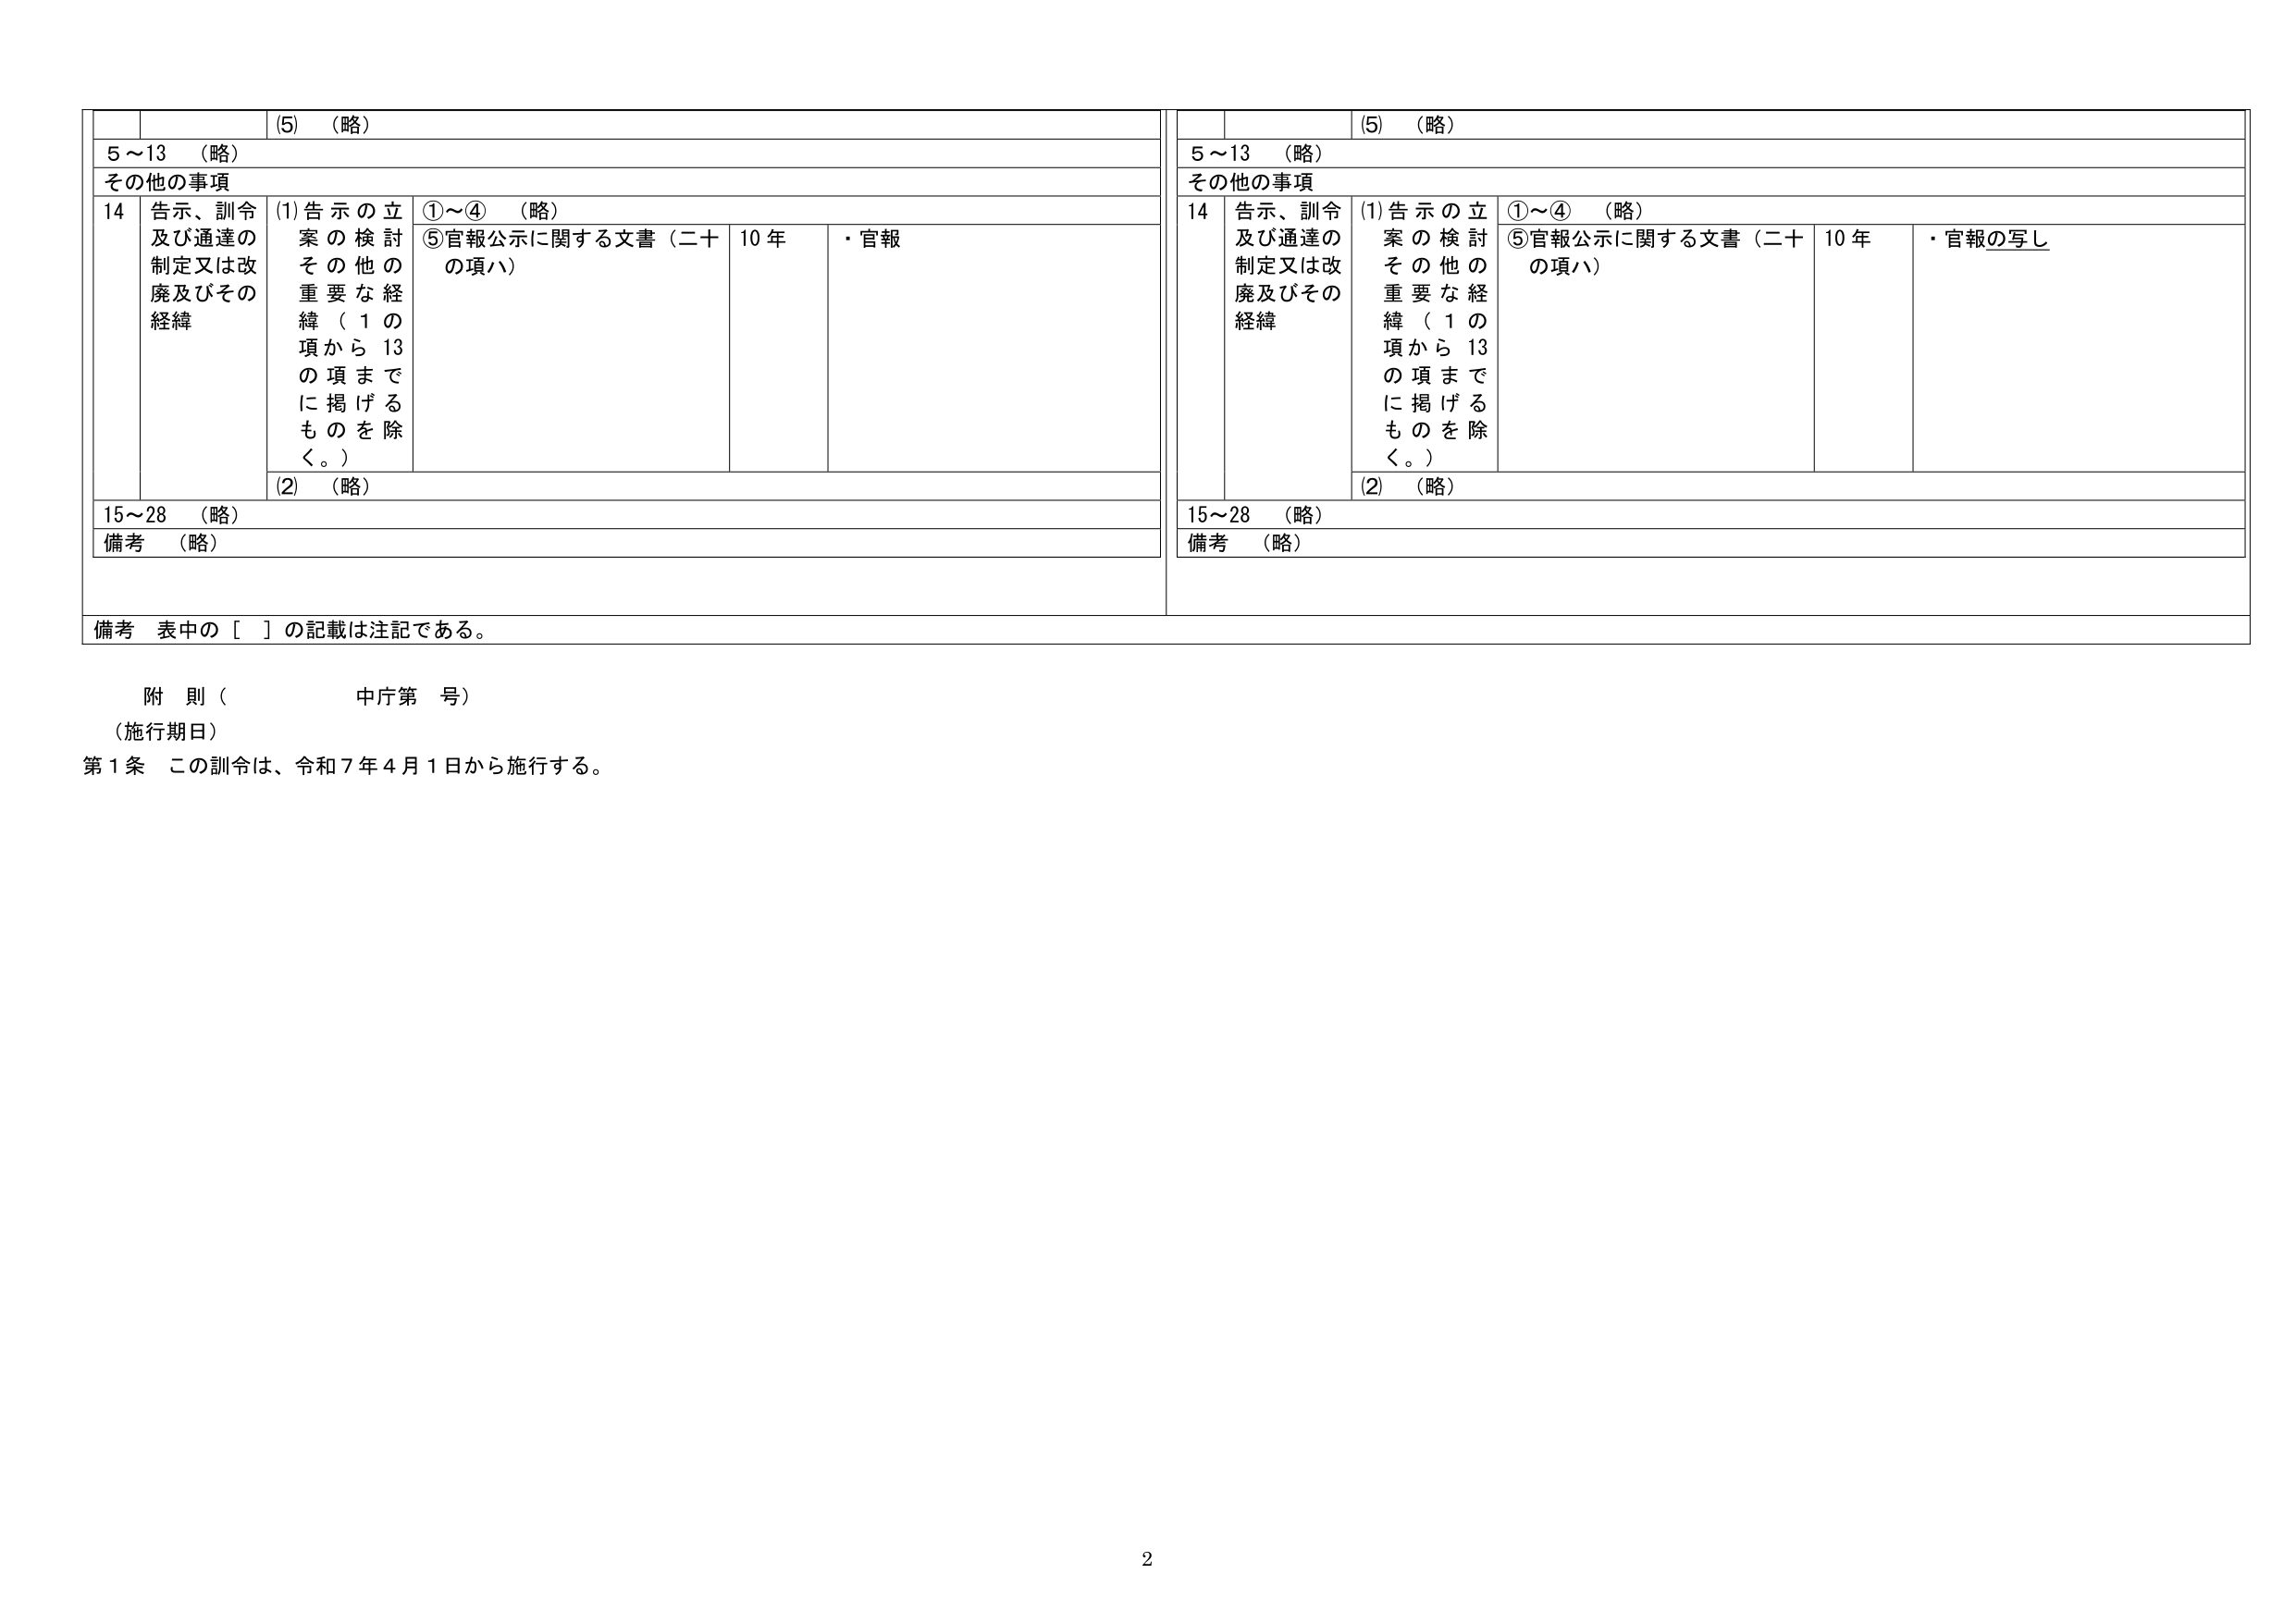
(5) （略）
5～13 （略）
その他の事項
14 告示、訓令及び通達の制定又は改廃及びその経緯
(1) 告示の立案の検討その他の重要な経緯（1の項から13の項までに掲げるものを除く。）
①～④ （略）
⑤ 官報公示に関する文書（二十の項ハ）
10 年
・官報
(2) （略）
15～28 （略）
備考 （略）

(5) （略）
5～13 （略）
その他の事項
14 告示、訓令及び通達の制定又は改廃及びその経緯
(1) 告示の立案の検討その他の重要な経緯（1の項から13の項までに掲げるものを除く。）
①～④ （略）
⑤ 官報公示に関する文書（二十の項ハ）
10 年
・官報の写し
(2) （略）
15～28 （略）
備考 （略）

備考 表中の［ ］の記載は注記である。

附 則（　　　　中庁第　号）
（施行期日）
第1条 この訓令は、令和7年4月1日から施行する。

2